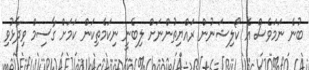
ބުނެ ނަމަވެސް އެ ކޯލިޝަނުން ރައްޔިތުންނަށް ލިބެނީ ނިކަމެތިކަން ކަމަށް ގާސިމް ވިދާޅުވި